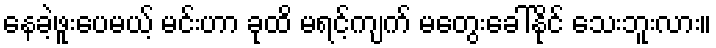
နေခဲ့ဖူးပေမယ့် မင်းဟာ ခုထိ မရင့်ကျက် မတွေးခေါ်နိုင် သေးဘူးလား။